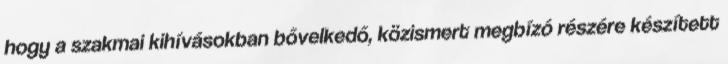
hogy a szakmai kihívásokban bővelkedő, közismert megbízó részére készített